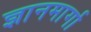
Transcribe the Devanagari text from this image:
ज्ञानमार्गा